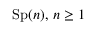
\operatorname { S p } ( n ) , \, n \geq 1